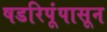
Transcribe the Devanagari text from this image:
षडरिपूंपासून